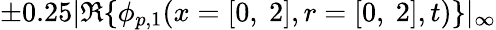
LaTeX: \pm 0.25|\mathfrak{R}\{ \phi_{p,1}(x=[0,\ 2],r=[0,\ 2],t)\} |_{\infty}